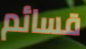
قسائم